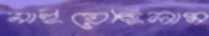
নাইয়েছিলাম